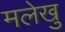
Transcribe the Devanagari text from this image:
मलेखु